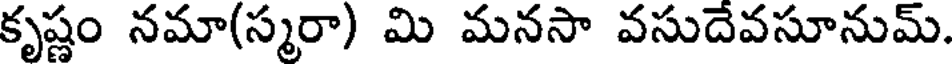
కృష్ణం నమా(స్మరా) మి మనసా వసుదేవసూనుమ్.